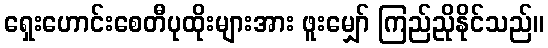
ရှေးဟောင်းစေတီပုထိုးများအား ဖူးမျှော် ကြည်ညိုနိုင်သည်။